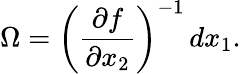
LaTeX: \Omega=\left(\frac{\partial f}{\partial x_{2}}\right)^{-1}\, dx_{1}.